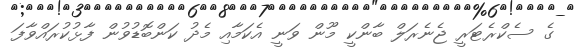
ގެ ސެކްރެޓަރީ ޖެނެރަލް ބާންކީ މޫން ވަނީ އެކަމާއި މެދު ކަންބޮޑުވުން ފާޅުކުރައްވާފަ